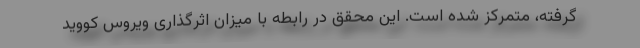
گرفته، متمرکز شده است. این محقق در رابطه با میزان اثرگذاری ویروس کووید